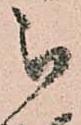
被